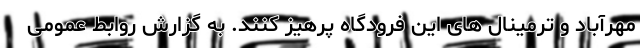
مهرآباد و ترمینال های این فرودگاه پرهیز کنند. به گزارش روابط عمومی